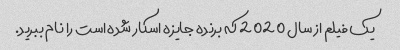
یک فیلم از سال 2020 که برنده جایزه اسکار شده است را نام ببرید.